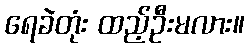
ရေခဲတုံး ထည့်ဦးမလား။